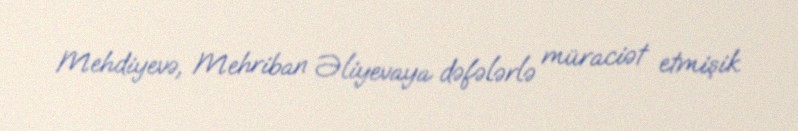
Mehdiyevə, Mehriban Əliyevaya dəfələrlə müraciət etmişik.